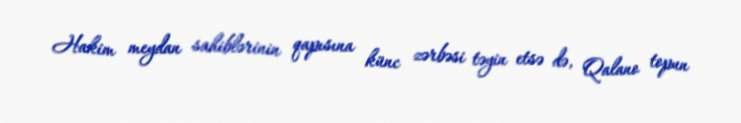
Hakim meydan sahiblərinin qapısına künc zərbəsi təyin etsə də, Qalano topun